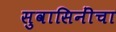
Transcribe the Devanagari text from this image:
सुवासिनींचा